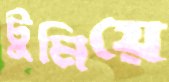
টুমিয়ে